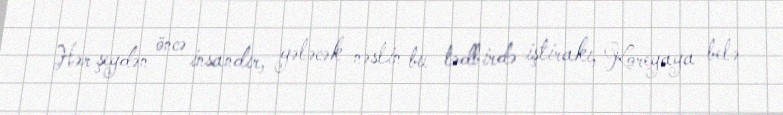
Hər şeydən öncə insandır, gələcək nəslin bu tədbirdə iştirakı, Koreyaya belə